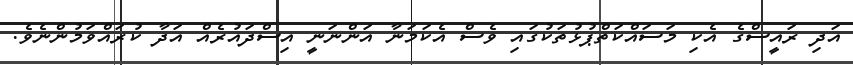
އަދި ރައީސްގެ އެކި މަސައްކަތްޕުޅުތަކުގައި ވެސް އެކަމަނާ އަންނަނީ އިސްދައުރެއް އަދާ ކުރައްވަމުންނެވެ.